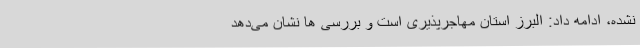
نشده، ادامه داد: البرز استان مهاجرپذیری است و بررسی ها نشان می‌دهد